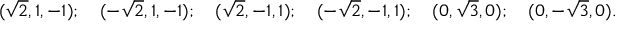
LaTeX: ( { \sqrt { 2 } } , 1 , - 1 ) ; \quad ( - { \sqrt { 2 } } , 1 , - 1 ) ; \quad ( { \sqrt { 2 } } , - 1 , 1 ) ; \quad ( - { \sqrt { 2 } } , - 1 , 1 ) ; \quad ( 0 , { \sqrt { 3 } } , 0 ) ; \quad ( 0 , - { \sqrt { 3 } } , 0 ) .